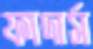
ফাদার্স